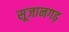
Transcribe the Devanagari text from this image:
सूजानगढ़